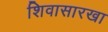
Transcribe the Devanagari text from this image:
शिवासारखा